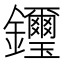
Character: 𨰡